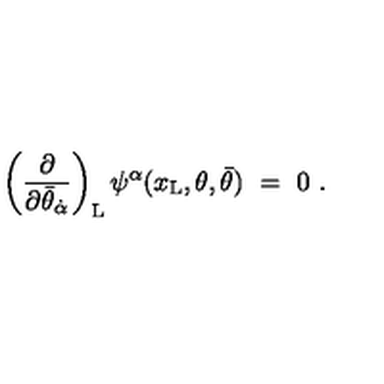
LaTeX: \left( { \frac { \partial } { \partial \bar { \theta } _ { \dot { \alpha } } } } \right) _ { \mathrm { L } } \psi ^ { \alpha } ( x _ { \mathrm { L } } , \theta , \bar { \theta } ) \ = \ 0 \ .